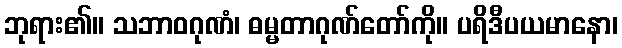
ဘုရား၏။ သဘာဝဂုဏံ၊ ဓမ္မတာဂုဏ်တော်ကို။ ပရိဒီပယမာနော၊